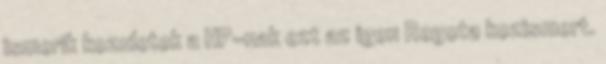
ismerik kozuletek a HP-nak ezt az igen Regota kozismert.